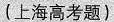
(上海高考题)